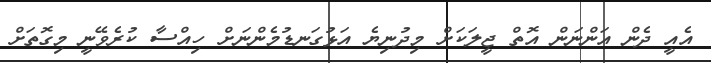
އެއީ ދެން އަންނަން އޮތް ޖީލަކަށް މިދުނިޔެ އަޅުގަނޑުމެންނަށް ހިއްސާ ކުރެވޭނީ މިގޮތަށް